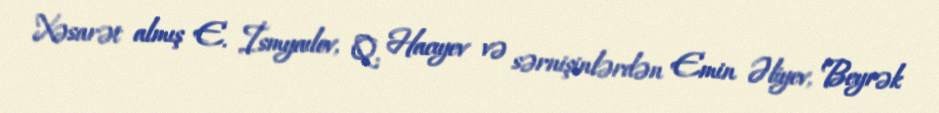
Xəsarət almış E. İsmyaılov, Q. Hacıyev və sərnişinlərdən Emin Əliyev, Beyrək